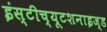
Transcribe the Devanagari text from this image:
इंस्टीच्यूटशनाइज्ड